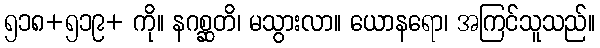
၅၁၈+၅၁၉+ ကို။ နဂစ္ဆတိ၊ မသွားလာ။ ယောနရော၊ အကြင်သူသည်။